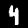
Digit: 4